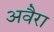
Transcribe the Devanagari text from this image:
अवैरा